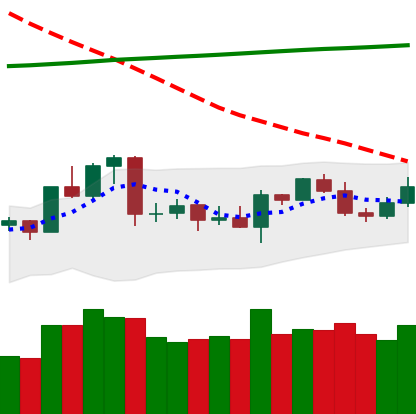
Ticker: ETC-USD
Chart end date: 2020-04-23
Forward return: 11.162%
Label: up_7plus